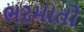
ભરમાતો